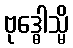
ဗုဒ္ဓေါသ္မိ